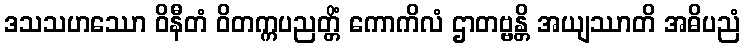
ဒသသဟဿော ဝိနီတံ ဝိတက္ကပညတ္တိံ ကောကိလံ ဌာတဗ္ဗန္တိ အယျဿာတိ အဓိပညံ